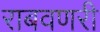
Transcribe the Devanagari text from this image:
राबवणरी